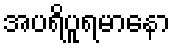
အပရိပူရမာနော